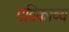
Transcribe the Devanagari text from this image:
गतिकाव्य